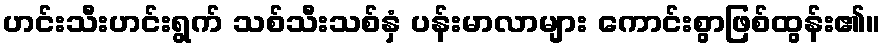
ဟင်းသီးဟင်းရွက် သစ်သီးသစ်နှံ ပန်းမာလာများ ကောင်းစွာဖြစ်ထွန်း၏။